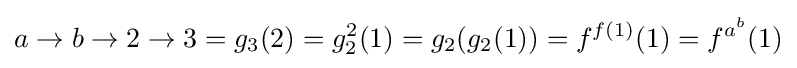
a\to b\to 2\to 3=g_{3}(2)=g_{2}^{2}(1)=g_{2}(g_{2}(1))=f^{f(1)}(1)=f^{a^{b}}(1)